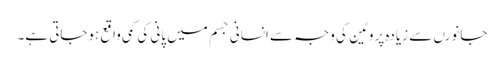
جانورں سے زیادہ پروٹین کی وجہ سے انسانی جسم میں پانی کی کمی واقع ہوجاتی ہے۔